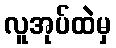
လူအုပ်ထဲမှ